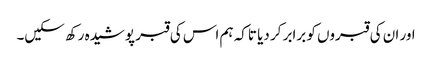
اور ان کی قبروں کو برابر کر دیا تاکہ ہم اس کی قبر پوشیدہ رکھ سکیں۔